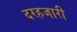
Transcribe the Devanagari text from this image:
दरहजारी